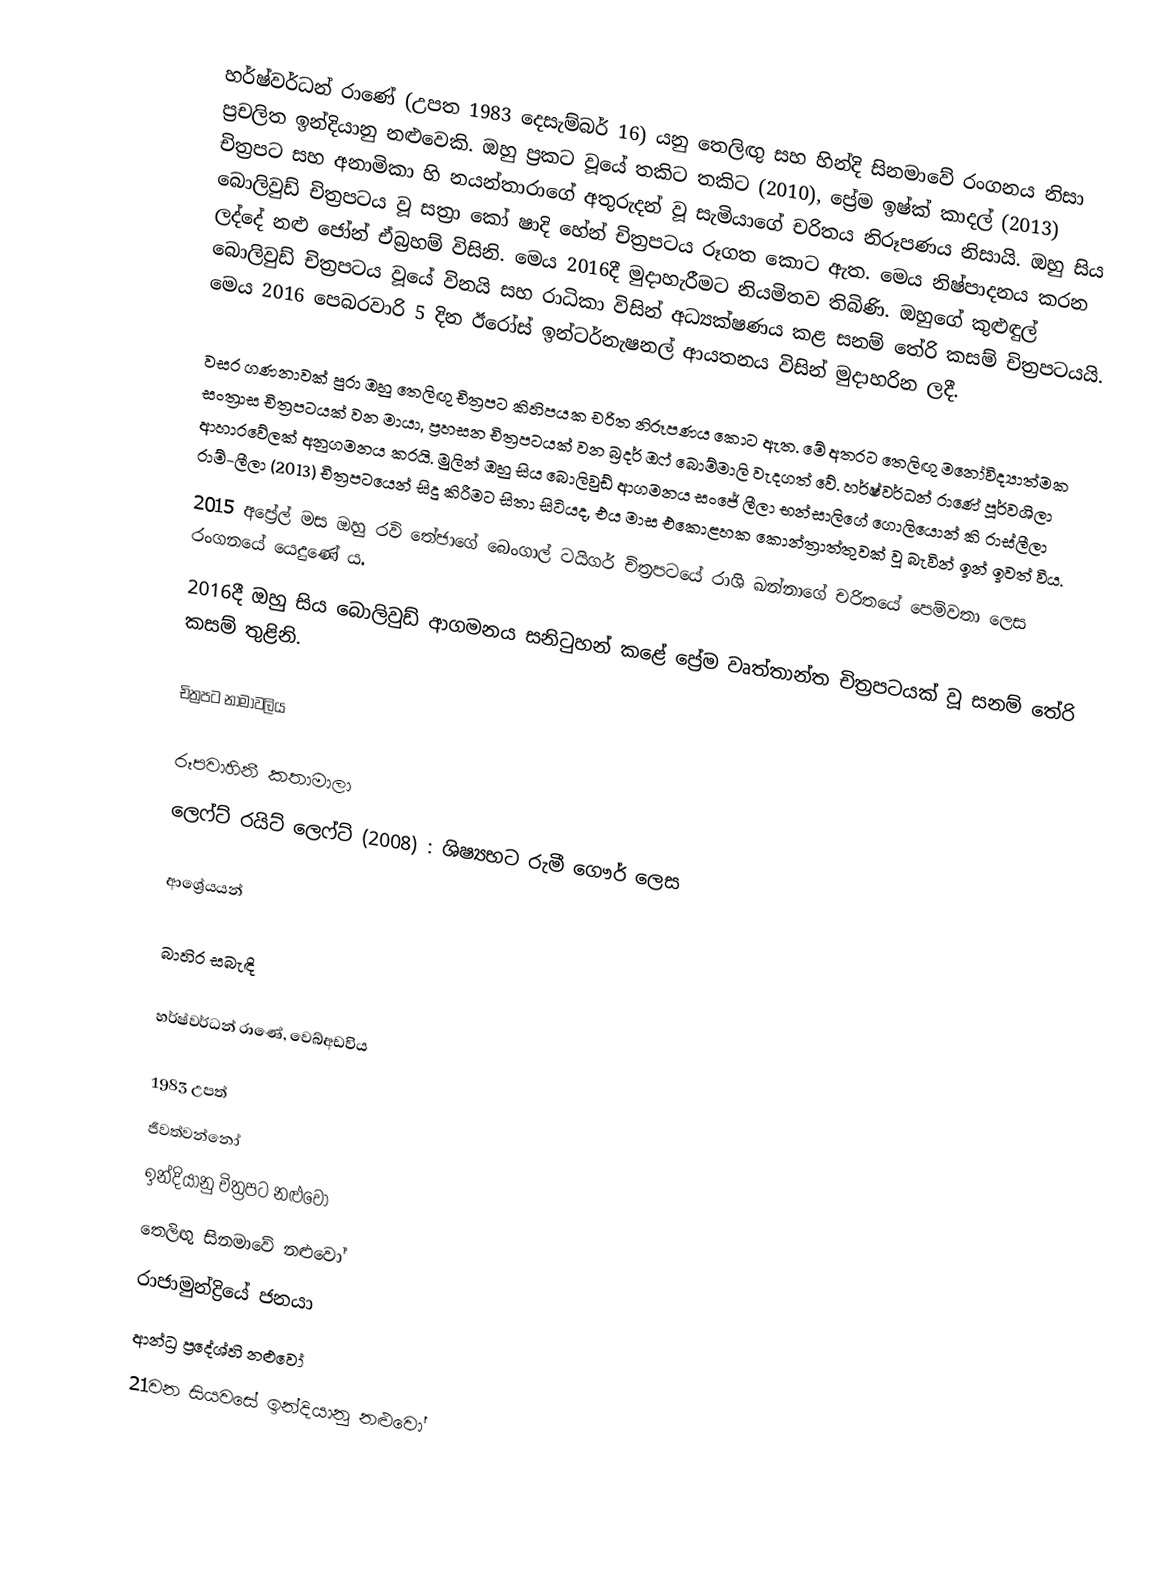
හර්ෂ්වර්ධන් රාණේ (උපත 1983 දෙසැම්බර් 16) යනු තෙලිඟු සහ හින්දි සිනමාවේ රංගනය නිසා ප්‍රචලිත ඉන්දියානු නළුවෙකි. ඔහු ප්‍රකට වූයේ තකිට තකිට (2010), ප්‍රේම ඉෂ්ක් කාදල් (2013) චිත්‍රපට සහ අනාමිකා හි නයන්තාරාගේ අතුරුදන් වූ සැමියාගේ චරිතය නිරූපණය නිසායි. ඔහු සිය බොලිවුඩ් චිත්‍රපටය වූ සත්‍රා කෝ ෂාදි හේන් චිත්‍රපටය රූගත කොට ඇත. මෙය නිෂ්පාදනය කරන ලද්දේ නළු ජෝන් ඒබ්‍රහම් විසිනි. මෙය 2016දී මුදාහැරීමට නියමිතව තිබිණි. ඔහුගේ කුළුඳුල් බොලිවුඩ් චිත්‍රපටය වූයේ විනයි සහ රාධිකා විසින් අධ්‍යක්ෂණය කළ සනම් තේරි කසම් චිත්‍රපටයයි. මෙය 2016 පෙබරවාරි 5 දින ඊරෝස් ඉන්ටර්නැෂනල් ආයතනය විසින් මුදාහරින ලදී.

වසර ගණනාවක් පුරා ඔහු තෙලිඟු චිත්‍රපට කිහිපයක චරිත නිරූපණය කොට ඇත. මේ අතරට තෙලිඟු මනෝවිද්‍යාත්මක සංත්‍රාස චිත්‍රපටයක් වන මායා, ප්‍රහසන චිත්‍රපටයක් වන බ්‍රදර් ඔෆ් බොම්මාලි වැදගත් වේ. හර්ෂ්වර්ධන් රාණේ පූර්වශිලා ආහාරවේලක් අනුගමනය කරයි. මුලින් ඔහු සිය බොලිවුඩ් ආගමනය සංජේ ලීලා භන්සාලිගේ ගොලියොන් කි රාස්ලීලා රාම්-ලීලා (2013) චිත්‍රපටයෙන් සිදු කිරීමට සිතා සිටියද, එය මාස එකොළහක කොන්ත්‍රාත්තුවක් වූ බැවින් ඉන් ඉවත් විය.
2015 අප්‍රේල් මස ඔහු රවි තේජාගේ බෙංගාල් ටයිගර් චිත්‍රපටයේ රාශි ඛන්නාගේ චරිතයේ පෙම්වතා ලෙස රංගනයේ යෙදුණේ ය.
2016දී ඔහු සිය බොලිවුඩ් ආගමනය සනිටුහන් කළේ ප්‍රේම වෘත්තාන්ත චිත්‍රපටයක් වූ සනම් තේරි කසම් තුළිනි.

චිත්‍රපට නාමාවලිය

රූපවාහිනී කතාමාලා
 ලෙෆ්ට් රයිට් ලෙෆ්ට් (2008) : ශිෂ්‍යභට රුමී ගෞර් ලෙස

ආශ්‍රේයයන්

බාහිර සබැඳි

 හර්ෂ්වර්ධන් රාණේ, වෙබ්අඩවිය

1983 උපත්
ජීවත්වන්නෝ
ඉන්දියානු චිත්‍රපට නළුවෝ
තෙලිඟු සිනමාවේ නළුවෝ
රාජාමුන්ද්‍රියේ ජනයා
ආන්ධ්‍ර ප්‍රදේශ්හි නළුවෝ
21වන සියවසේ ඉන්දියානු නළුවෝ